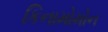
કિનામોમોન